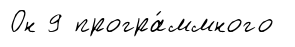
Он 9 програ́ммного